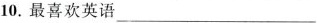
10.最喜欢英语___